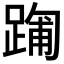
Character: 𮛻